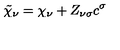
\tilde { \chi } _ { \nu } = \chi _ { \nu } + Z _ { \nu \sigma } c ^ { \sigma }